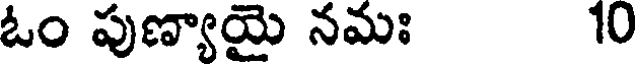
ఓం పుణ్యాయై నమః 10